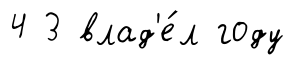
4 3 влад'е́л году